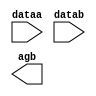
// megafunction wizard: %LPM_COMPARE%VBB%
// GENERATION: STANDARD
// VERSION: WM1.0
// MODULE: lpm_compare 

// ============================================================
// Megafunction Name(s):
// 			lpm_compare
//
// Simulation Library Files(s):
// 			lpm
// ============================================================
// ************************************************************
// THIS IS A WIZARD-GENERATED FILE. DO NOT EDIT THIS FILE!
//
// 9.0 Build 132 02/25/2009 SJ Web Edition
// ************************************************************

//Copyright (C) 1991-2009 Altera Corporation
//Your use of Altera Corporation's design tools, logic functions 
//and other software and tools, and its AMPP partner logic 
//functions, and any output files from any of the foregoing 
//(including device programming or simulation files), and any 
//associated documentation or information are expressly subject 
//to the terms and conditions of the Altera Program License 
//Subscription Agreement, Altera MegaCore Function License 
//Agreement, or other applicable license agreement, including, 
//without limitation, that your use is for the sole purpose of 
//programming logic devices manufactured by Altera and sold by 
//Altera or its authorized distributors.  Please refer to the 
//applicable agreement for further details.

module cmp (
	dataa,
	datab,
	agb);

	input	[31:0]  dataa;
	input	[31:0]  datab;
	output	  agb;

endmodule

// ============================================================
// CNX file retrieval info
// ============================================================
// Retrieval info: PRIVATE: AeqB NUMERIC "0"
// Retrieval info: PRIVATE: AgeB NUMERIC "0"
// Retrieval info: PRIVATE: AgtB NUMERIC "1"
// Retrieval info: PRIVATE: AleB NUMERIC "0"
// Retrieval info: PRIVATE: AltB NUMERIC "0"
// Retrieval info: PRIVATE: AneB NUMERIC "0"
// Retrieval info: PRIVATE: INTENDED_DEVICE_FAMILY STRING "Stratix II"
// Retrieval info: PRIVATE: LPM_PIPELINE NUMERIC "0"
// Retrieval info: PRIVATE: Latency NUMERIC "0"
// Retrieval info: PRIVATE: PortBValue NUMERIC "0"
// Retrieval info: PRIVATE: Radix NUMERIC "10"
// Retrieval info: PRIVATE: SYNTH_WRAPPER_GEN_POSTFIX STRING "0"
// Retrieval info: PRIVATE: SignedCompare NUMERIC "0"
// Retrieval info: PRIVATE: aclr NUMERIC "0"
// Retrieval info: PRIVATE: clken NUMERIC "0"
// Retrieval info: PRIVATE: isPortBConstant NUMERIC "0"
// Retrieval info: PRIVATE: nBit NUMERIC "32"
// Retrieval info: CONSTANT: LPM_REPRESENTATION STRING "UNSIGNED"
// Retrieval info: CONSTANT: LPM_TYPE STRING "LPM_COMPARE"
// Retrieval info: CONSTANT: LPM_WIDTH NUMERIC "32"
// Retrieval info: USED_PORT: AgB 0 0 0 0 OUTPUT NODEFVAL AgB
// Retrieval info: USED_PORT: dataa 0 0 32 0 INPUT NODEFVAL dataa[31..0]
// Retrieval info: USED_PORT: datab 0 0 32 0 INPUT NODEFVAL datab[31..0]
// Retrieval info: CONNECT: AgB 0 0 0 0 @AgB 0 0 0 0
// Retrieval info: CONNECT: @dataa 0 0 32 0 dataa 0 0 32 0
// Retrieval info: CONNECT: @datab 0 0 32 0 datab 0 0 32 0
// Retrieval info: LIBRARY: lpm lpm.lpm_components.all
// Retrieval info: GEN_FILE: TYPE_NORMAL cmp.v TRUE
// Retrieval info: GEN_FILE: TYPE_NORMAL cmp.inc TRUE
// Retrieval info: GEN_FILE: TYPE_NORMAL cmp.cmp FALSE
// Retrieval info: GEN_FILE: TYPE_NORMAL cmp.bsf TRUE FALSE
// Retrieval info: GEN_FILE: TYPE_NORMAL cmp_inst.v FALSE
// Retrieval info: GEN_FILE: TYPE_NORMAL cmp_bb.v TRUE
// Retrieval info: GEN_FILE: TYPE_NORMAL cmp_waveforms.html TRUE
// Retrieval info: GEN_FILE: TYPE_NORMAL cmp_wave*.jpg FALSE
// Retrieval info: LIB_FILE: lpm